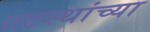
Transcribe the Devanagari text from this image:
तटस्थांच्या